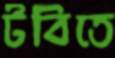
টবিতে